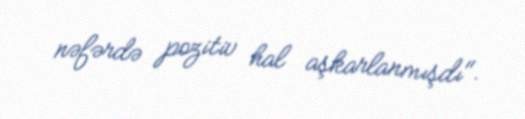
nəfərdə pozitiv hal aşkarlanmışdı".